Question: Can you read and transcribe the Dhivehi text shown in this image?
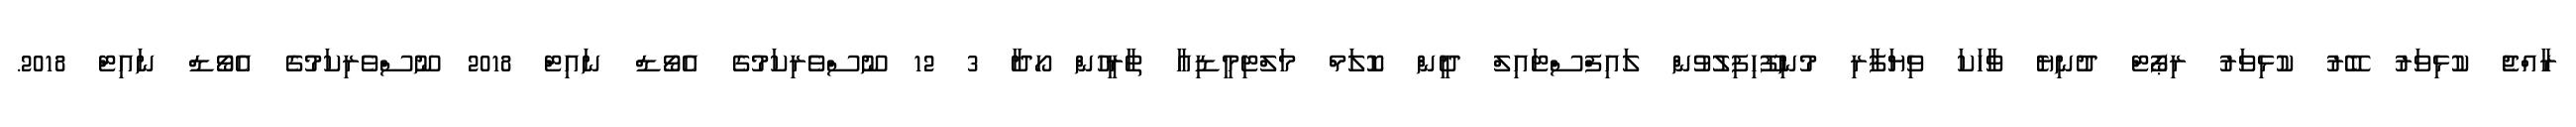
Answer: ރާއްޖެ ކުޅިވަރު ބޭރު ކުޅިވަރު ރިޕޯޓް ދުނިޔެ ވާހަކަ ވިޔަފާރި މުނިފޫހިފިލުވުން ލައިފްސްޓައިލް ދީން ކޮލަމް މަލްޓިމީޑިއާ ތާރީހުން ހޯދާ 3 12 ނޫސްވެރިކަމުގެ އެވޯޑް ނައިޓް 2018 ނޫސްވެރިކަމުގެ އެވޯޑް ނައިޓް 2018.